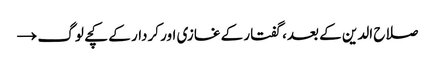
صلاح الدین کے بعد، گفتار کے غازی اور کردار کے کچے لوگ →